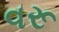
વરૂ